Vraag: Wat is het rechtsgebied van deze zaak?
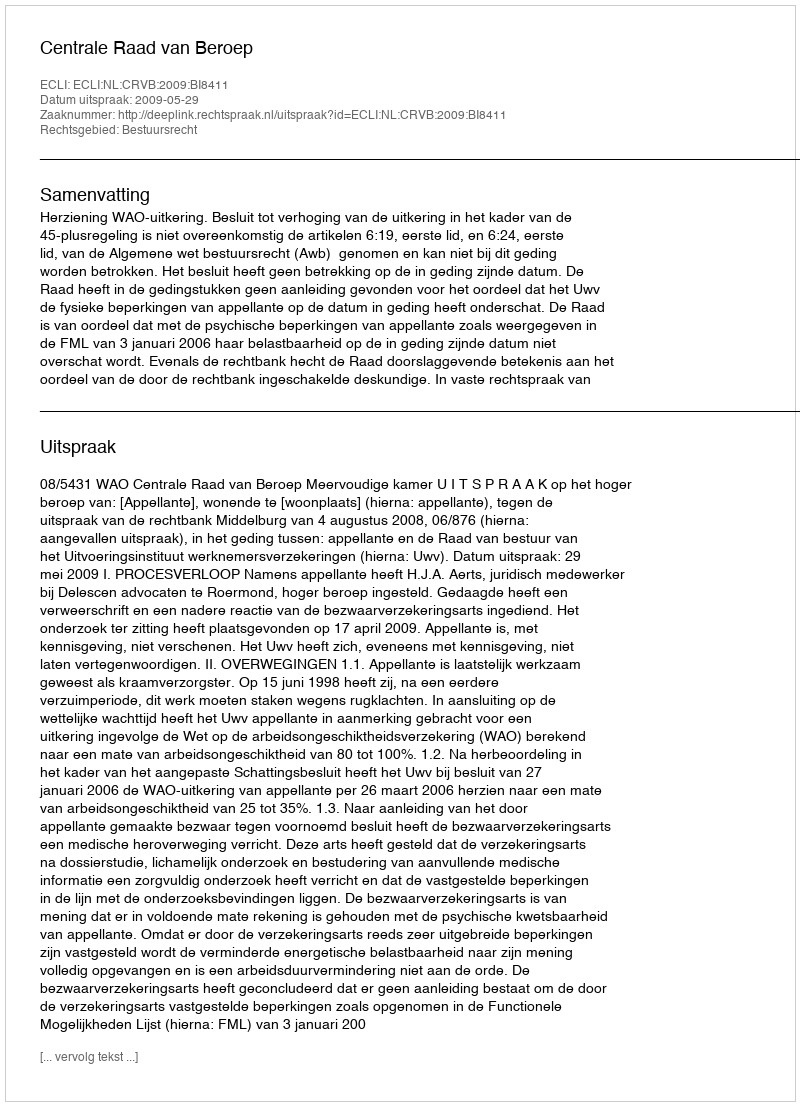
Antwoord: Bestuursrecht